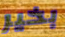
بخير